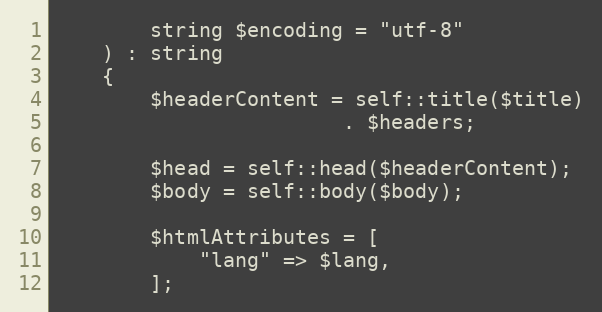
Language: PHP
        string $encoding = "utf-8"
    ) : string
    {
        $headerContent = self::title($title)
                        . $headers;

        $head = self::head($headerContent);
        $body = self::body($body);

        $htmlAttributes = [
            "lang" => $lang,
        ];